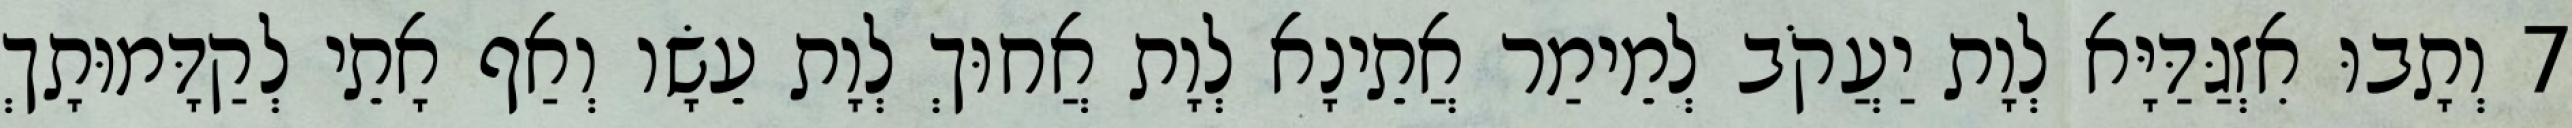
7 וְתָבוּ אִזְגַּדַּיָּא לְוָת יַעֲקֹב לְמֵימַר אֲתֵינָא לְוָת אֲחוּךְ לְוָת עֵשָׂו וְאַף אָתֵי לְקַדָּמוּתָךְ